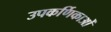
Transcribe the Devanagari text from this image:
उपकर्णिकाओं